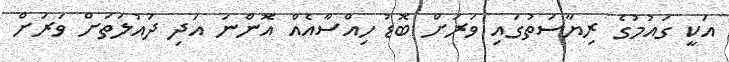
އަކީ ގައުމުގެ ރިޔާސަތުގައި ވަރަށް ބޮޑު ހިއްސާއެއް އޮންނަ އަދި ދައުލަތަށް ވަރަށް